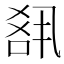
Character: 𪡘